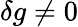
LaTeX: \delta g\neq 0